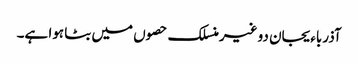
آذرباءیجان دو غیرمنسلک حصوں میں بٹا ہوا ہے۔